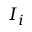
I _ { i }